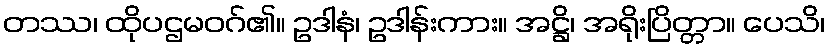
တဿ၊ ထိုပဌမဝဂ်၏။ ဥဒါနံ၊ ဥဒါန်းကား။ အဋ္ဌိ၊ အရိုးပြိတ္တာ။ ပေသိ၊